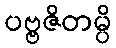
ပဗ္ဗဇိတမ္ပိ